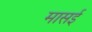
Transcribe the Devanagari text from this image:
मासई